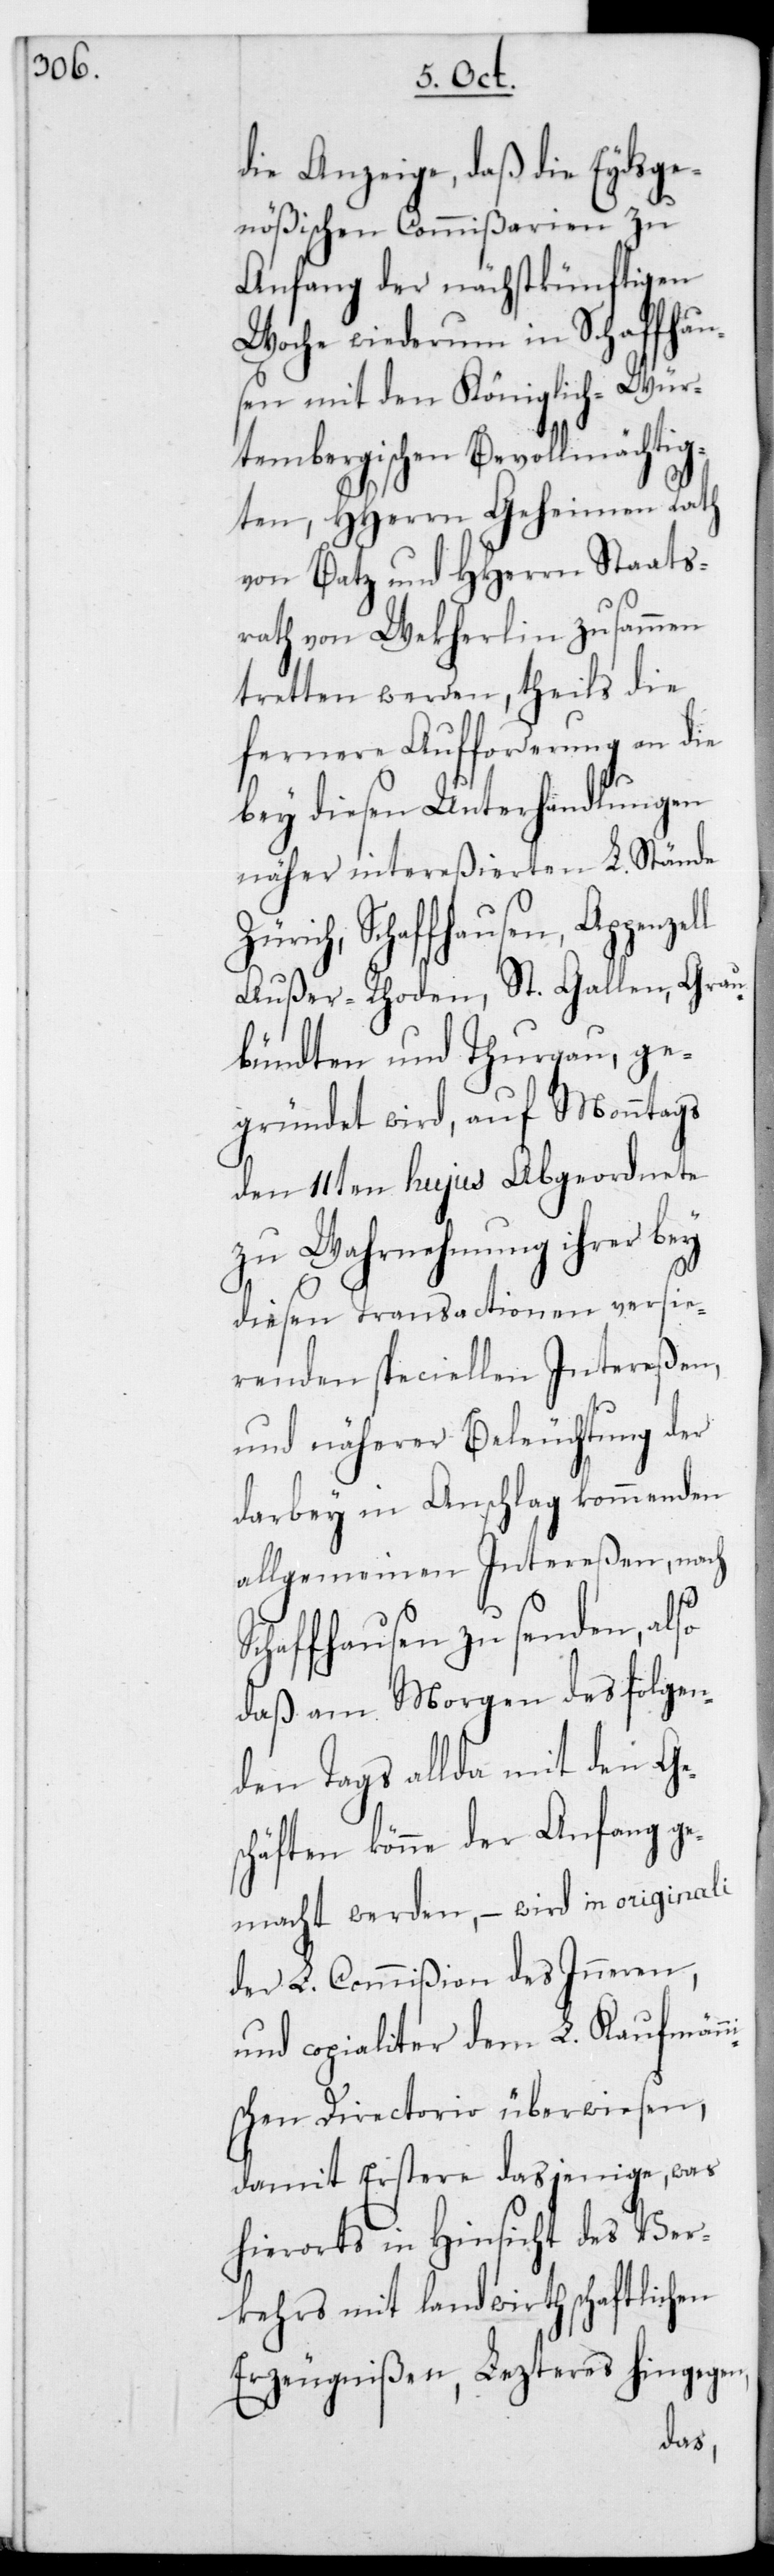
die Anzeige, daß die Eydsge¬
nößischen Commißarien zu
Anfang der nächstkünftigen
Woche wiederum in Schaffhau¬
sen mit dem königlich-Wür¬
tembergischen Bevollmächtig¬
ten, HHerrn Geheimen Rath
von Batz und HHerrn Staats¬
rath von Wekherlin zusammen
tretten werden, theils die
fernere Aufforderung an die
bey diesen Unterhandlungen
näher intereßierten L. Stände
Außer-Rhoden, St. Gallen, Grau¬
bündten und Thurgau, ge¬
gründet wird, auf Montags
den 11ten hujus Abgeordnete
zu Wahrnehmung ihrer bey
diesen Transactionen versie¬
renden speciellen Intereßen,
und näherer Beleuchtung der
darbey in Anschlag kommenden
allgemeinen Intereßen, nach
Schaffhausen zu senden, also
daß am Morgen des folgen¬
den Tags allda mit den Ges¬
chäften könne der Anfang ge¬
macht werden, – wird in originali
der L. Commißion des Inneren,
und copialiter dem L. Kaufmänni¬
schen Directorio überwiesen,
damit Erstere dasjenige, was
hierorts in Hinsicht des Ver¬
kehrs mit landwirthschaftlichen
Erzeugnißen, Lezteres hingegen,